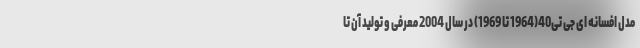
مدل افسانه ای جی تی40(1964 تا 1969) در سال 2004 معرفی و تولید آن تا